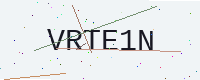
Text: VRTE1N